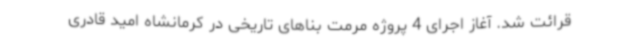
قرائت شد. آغاز اجرای 4 پروژه مرمت بناهای تاریخی در کرمانشاه امید قادری